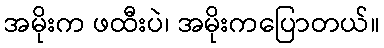
အမိုးက ဖထီးပဲ၊ အမိုးကပြောတယ်။